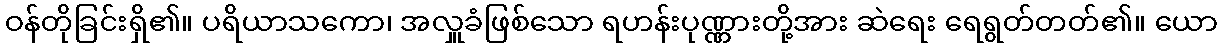
ဝန်တိုခြင်းရှိ၏။ ပရိယာသကော၊ အလှူခံဖြစ်သော ရဟန်းပုဏ္ဏားတို့အား ဆဲရေး ရေရွတ်တတ်၏။ ယော